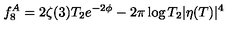
f _ { 8 } ^ { A } = 2 \zeta ( 3 ) T _ { 2 } e ^ { - 2 \phi } - 2 \pi \log T _ { 2 } | \eta ( T ) | ^ { 4 }